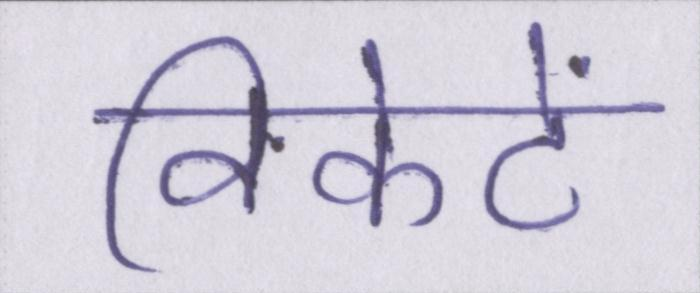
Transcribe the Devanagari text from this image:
विकेटें